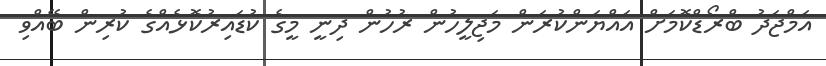
އަމްޖަދު ބްރޯޑްކޮމަށް އައްޔަންކުރަން މަޖިލީހުން ރުހުން ދިނީ މީގެ ކުޑައިރުކޮޅެއްގެ ކުރިން ބޭއްވި